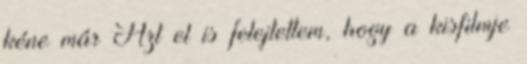
kéne már Azt el is felejtettem, hogy a kisfilmje